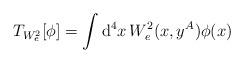
LaTeX: \begin{align*}T_{W_{e}^{2}}[\phi ]=\int \mathrm{d}^{4}x\, W^{2}_{e}(x,y^{A})\phi (x)\end{align*}